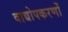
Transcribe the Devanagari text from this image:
वाद्योपकरणों